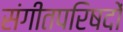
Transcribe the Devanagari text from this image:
संगीतपरिषदों